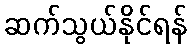
ဆက်သွယ်နိုင်ရန်